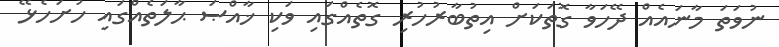
ނުވަތަ މާނައެއް ދޭހަވާ ގޮތަކަށް އިތުބާރުހުރި ގޮތެއްގައި ވަކި ޚާއްޞަ ޙާލަތެއްގައި ހުށަހެޅޭ